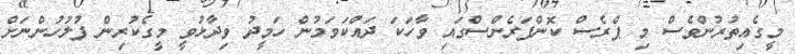
މީގެއިތުރުންވެސް މި ޕްރެސް ކޮންފަރެންސްގައި ވާހަކަ ދައްކަވަމުން ހަމީދު ވިދާޅުވީ މީގެކުރިން ފުލުހުންނަށް